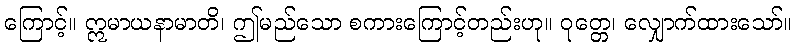
ကြောင့်။ ဣမာယနာမာတိ၊ ဤမည်သော စကားကြောင့်တည်းဟု။ ဝုတ္တေ၊ လျှောက်ထားသော်။